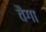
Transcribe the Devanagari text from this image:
वैगा